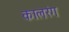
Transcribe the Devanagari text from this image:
कालरंग